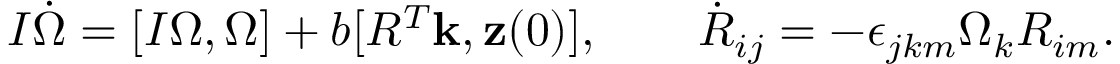
\begin{array} { r } { I \dot { \boldsymbol \Omega } = [ I { \boldsymbol \Omega } , { \boldsymbol \Omega } ] + b [ R ^ { T } { \bf k } , { \bf z } ( 0 ) ] , \qquad \dot { R } _ { i j } = - \epsilon _ { j k m } \Omega _ { k } R _ { i m } . } \end{array}